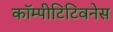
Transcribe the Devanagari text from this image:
कॉम्पीटिटिवनेस